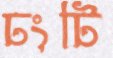
ঢংটি